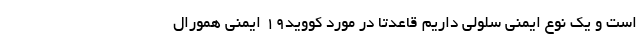
است و یک نوع ایمنی سلولی داریم قاعدتا در مورد کووید۱۹ ایمنی همورال